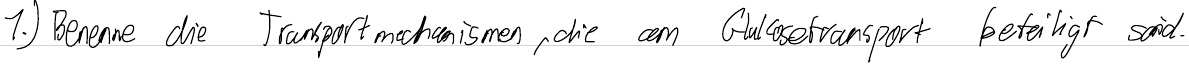
1.) Benenne die Transportmechanismen, die am Glukosetransport beteiligt sind.